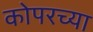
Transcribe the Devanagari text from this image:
कोपरच्या